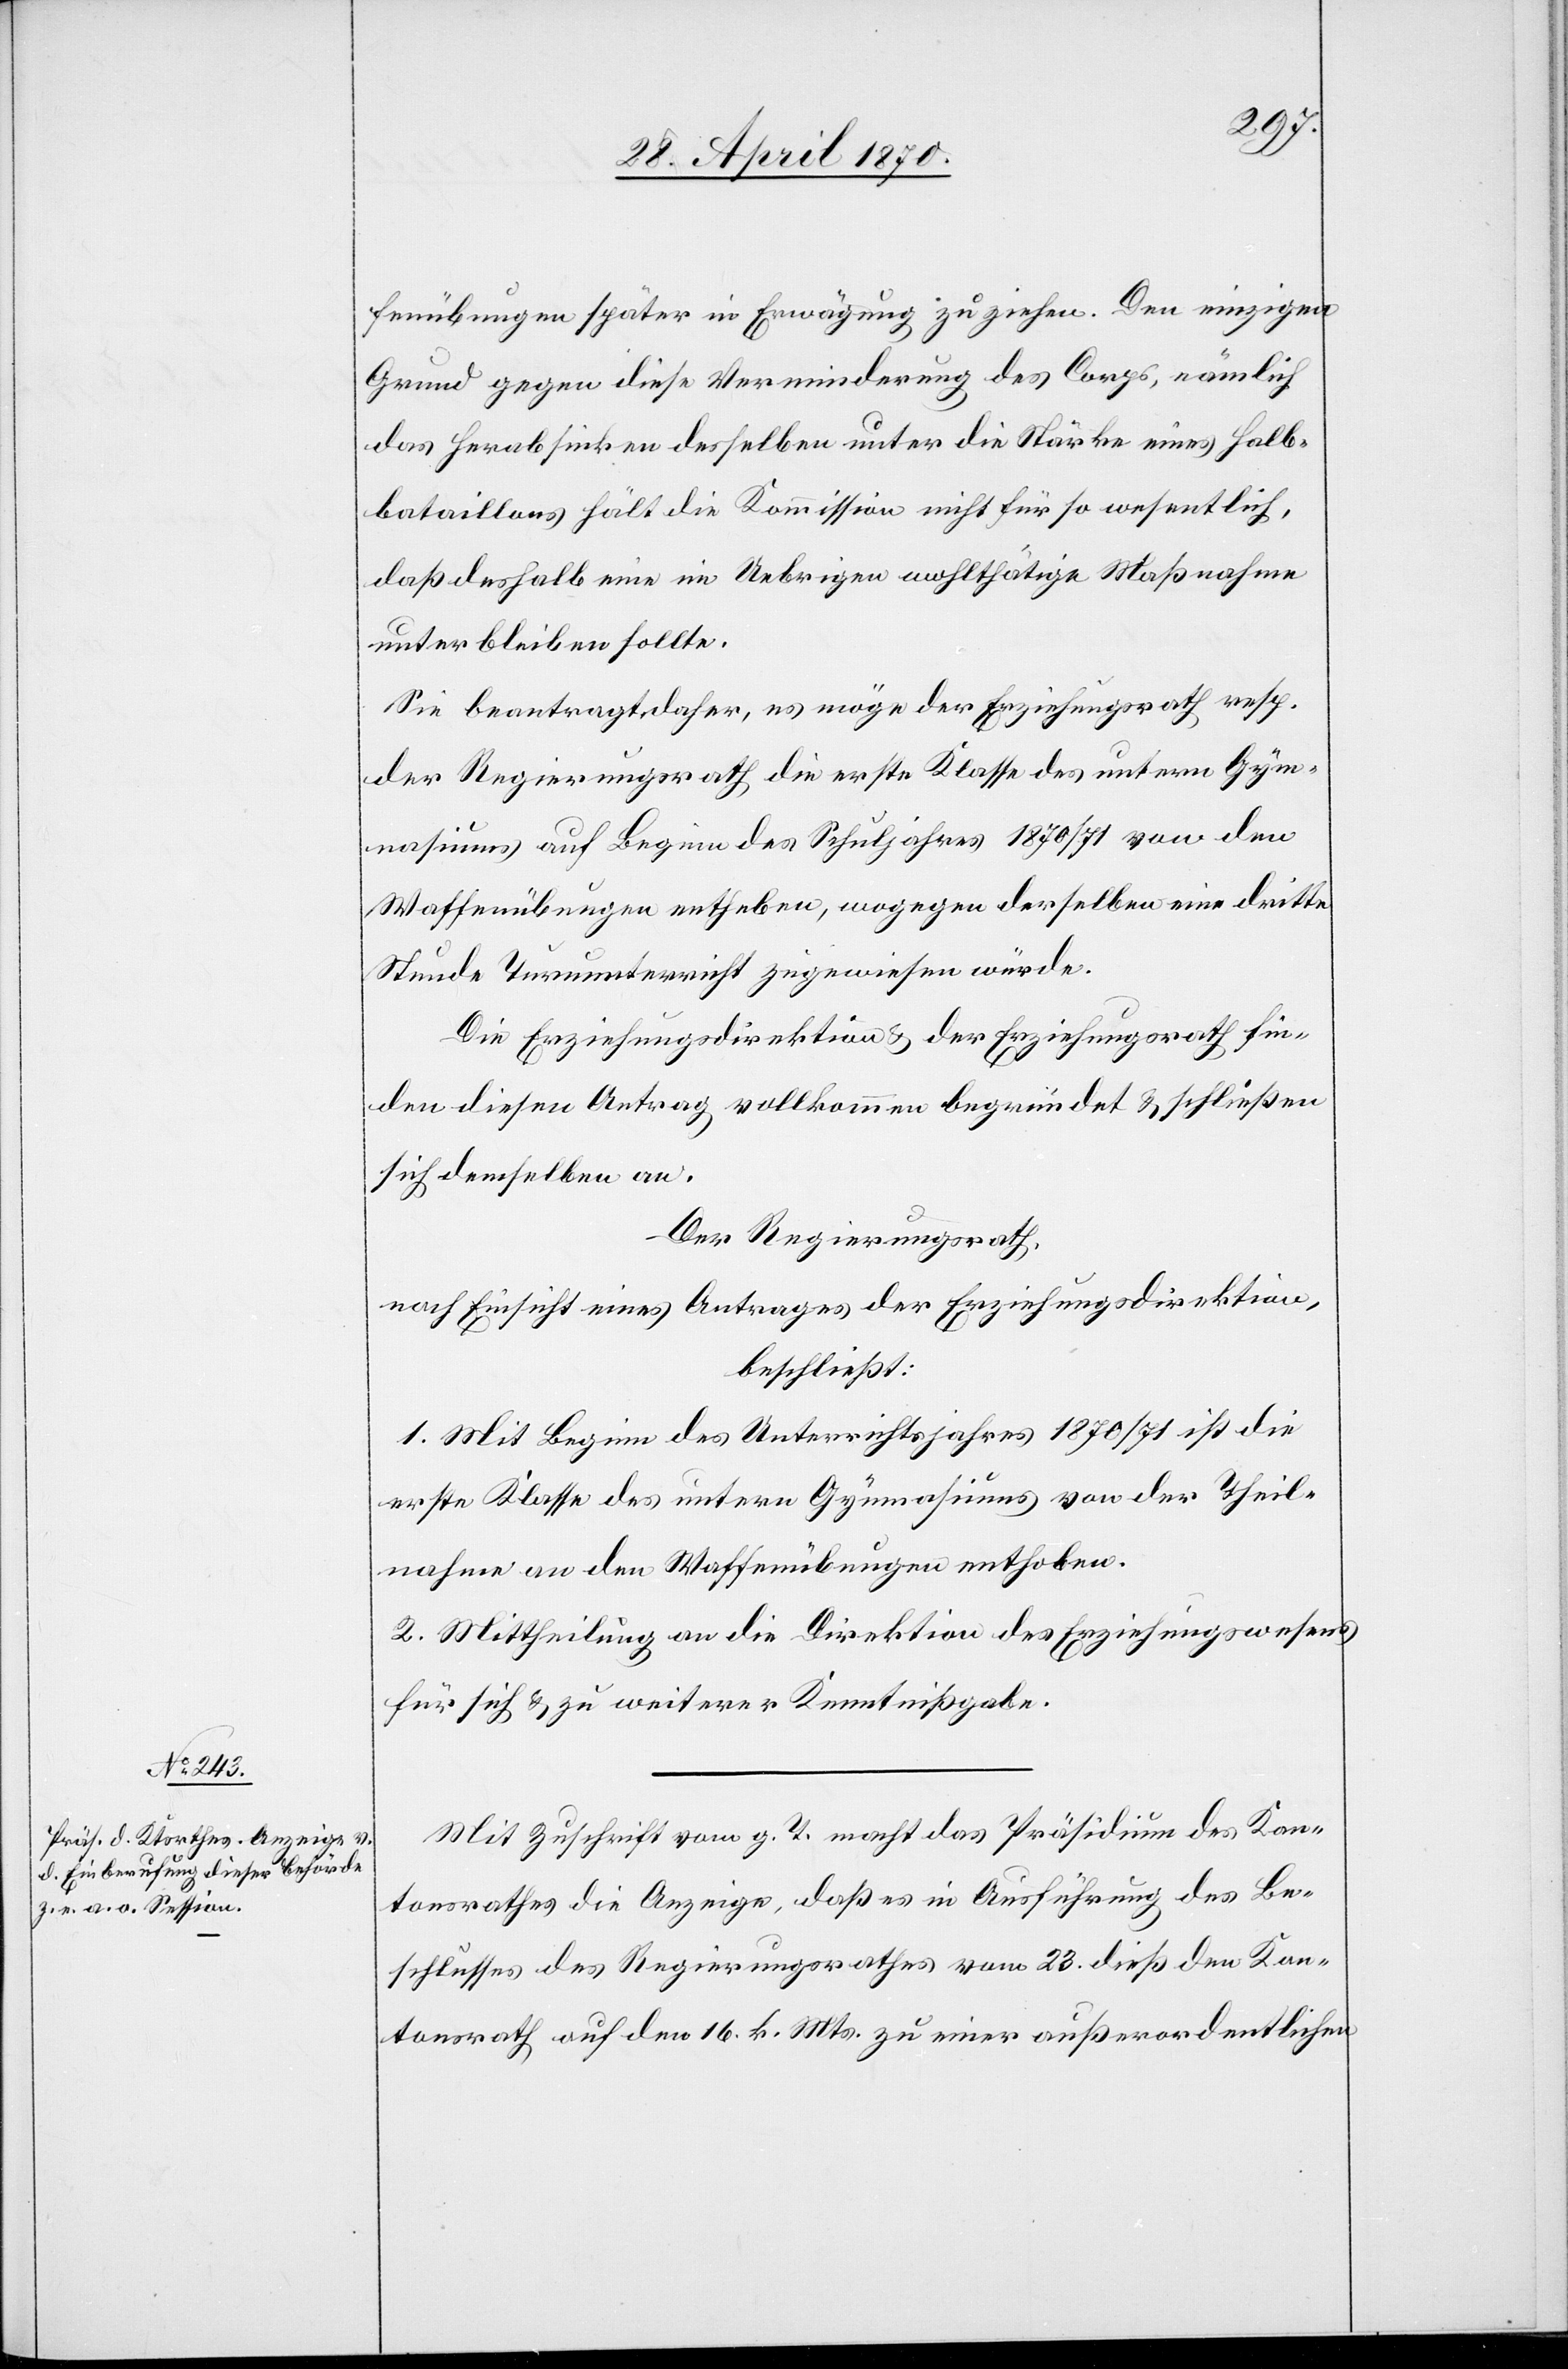
fenübungen später in Erwägung zu ziehen. Den einzigen
Grund gegen diese Verminderung des Corps, nämlich
das Herabsinken desselben unter die Stärke eines Halb¬
bataillons hält die Kommission nicht für so wesentlich,
daß deshalb eine im Uebrigen wohlthätige Maßnahme
unterbleiben sollte.
Sie beantragt daher, es möge der Erziehungsrath resp.
der Regierungsrath die erste Klasse des untern Gym¬
nasiums auf Beginn des Schuljahres 1870/71 von den
Waffenübungen entheben, wogegen derselben eine dritte
Stunde Turnunterricht zugewiesen würde.
Die Erziehungsdirektion & der Erziehungsrath fin¬
den diesen Antrag vollkommen begründet & schließen
sich demselben an.
Der Regierungsrath,
nach Einsicht eines Antrages der Erziehungsdirektion,
beschließt:
1. Mit Beginn des Unterrichtsjahres 1870/71 ist die
erste Klasse des untern Gymnasiums von der Theil¬
nahme an den Waffenübungen enthoben.
2. Mittheilung an die Direktion des Erziehungswesens
für sich & zu weiterer Kenntnißgabe.
Mit Zuschrift vom g. T. macht das Präsidium des Kan¬
tonsrathes die Anzeige, daß es in Ausführung des Be¬
schlusses des Regierungsrathes vom 23. dieß den Kan¬
tonsrath auf den 16. k. Mts. zu einer außerordentlichen